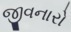
જીવનારો